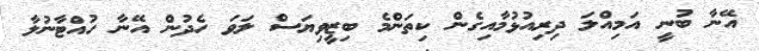
އޭނާ ބުނީ އަމިއްލަ ދިރިއުޅުމާއިގެން ކިތަންމެ ބިޒީވިޔަސް ލަވަ ހެދުން އޭނާ ހުއްޓާނުލާ